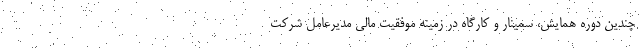
چندین دوره همایش، سمینار و کارگاه در زمینه موفقیت مالی مدیرعامل شرکت